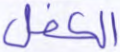
الكفل